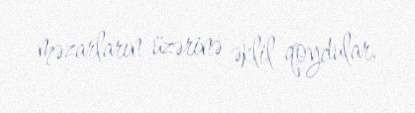
məzarların üzərinə əklil qoydular.